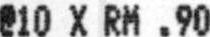
@10 X RM .90